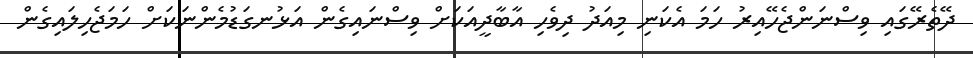
ދޭތެރޭގައި ވިސްނަންޖެހޭއިރު ހަމަ އެކަނި މިއަދު ދިވެހި އާބާދީއަކަށް ވިސްނައިގެން އަޅުނގަޑުމެންނަކަށް ހަމަޖެހިލައިގެން